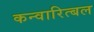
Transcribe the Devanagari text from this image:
कन्वारित्बल